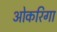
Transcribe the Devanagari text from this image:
ओकरिगा